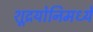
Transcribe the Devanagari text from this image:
शूद्रयोनिमध्ये